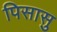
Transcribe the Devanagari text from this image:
पिसासु